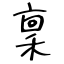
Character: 稟